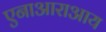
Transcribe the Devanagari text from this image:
एनाआराआय